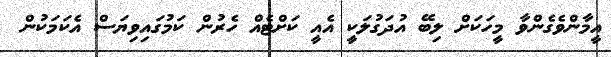
އީމާންވެގެންވާ މީހަކަށް ލިބޭ އުދަގުލަކީ އެއީ ކަށްޓެއް ހެރުން ކަމުގައިވިޔަސް އެކަމަކުން